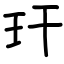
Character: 玕